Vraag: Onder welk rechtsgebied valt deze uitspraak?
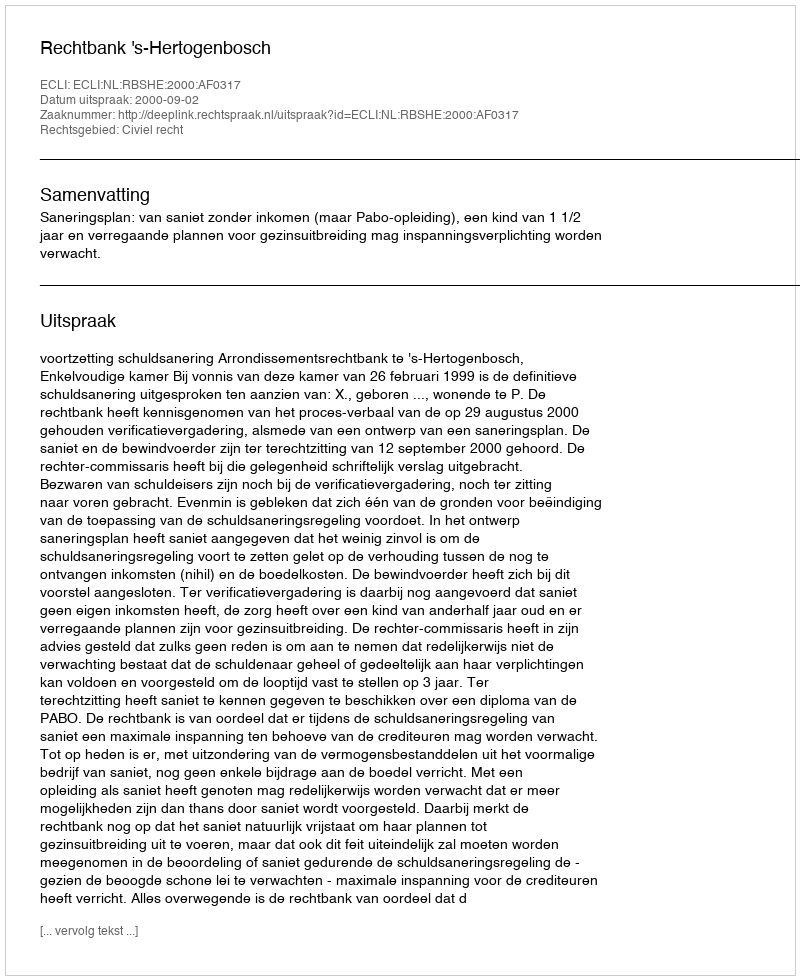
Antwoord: Civiel recht